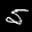
Label: 5